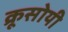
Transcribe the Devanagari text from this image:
क्रूसोयी